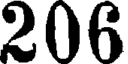
206